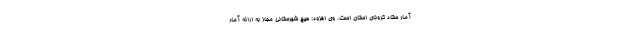
آمار ستاد کرونای استان است. وی افزود: هیچ شهرستانی مجاز به ارائه آمار